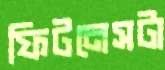
ফিটনেসটা